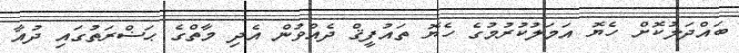
ބައްދަލުކޮށް ހެޔޮ އަމަލުކުރުމުގެ ހެޔޮ ތައުފީޤް ދެއްވުން އެދި މާތްގެ ޙަޟްރަތުގައި ދުއާ